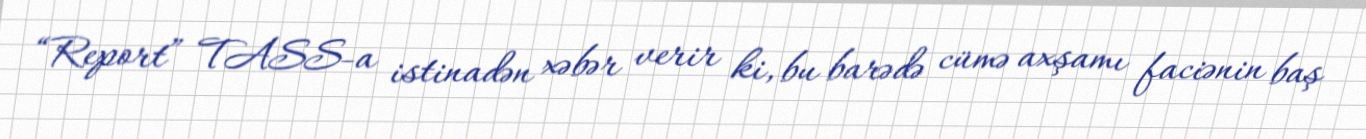
“Report” TASS-a istinadən xəbər verir ki, bu barədə cümə axşamı faciənin baş